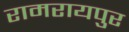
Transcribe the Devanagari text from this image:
रामरायपुर